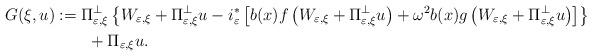
LaTeX: \begin{align*}G(\xi,u) & :=\Pi_{\varepsilon,\xi}^{\perp}\left\{ W_{\varepsilon,\xi}+\Pi_{\varepsilon,\xi}^{\perp}u-i_{\varepsilon}^{\ast}\left[ b(x)f\left(W_{\varepsilon,\xi}+\Pi_{\varepsilon,\xi}^{\perp}u\right) +\omega^{2}b(x)g\left( W_{\varepsilon,\xi}+\Pi_{\varepsilon,\xi}^{\perp}u\right)\right] \right\} \\& \qquad+\Pi_{\varepsilon,\xi}u.\end{align*}